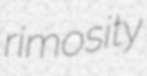
rimosity